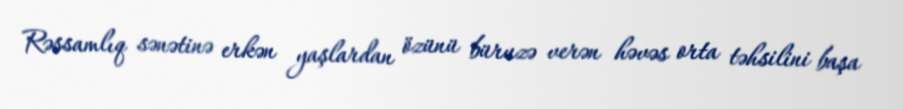
Rəssamlıq sənətinə erkən yaşlardan özünü büruzə verən həvəs orta təhsilini başa